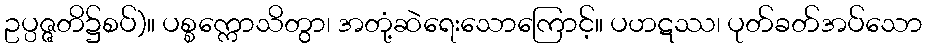
ဥပ္ပဇ္ဇတိ၌စပ်)။ ပစ္စက္ကောသိတွာ၊ အတုံ့ဆဲရေးသောကြောင့်။ ပဟဋဿ၊ ပုတ်ခတ်အပ်သော